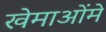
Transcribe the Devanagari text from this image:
खेमाओंमे